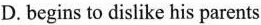
D.begins to dislike his parents